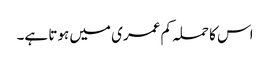
اس کا حملہ کم عمری میں ہوتا ہے۔